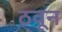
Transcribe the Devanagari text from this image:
ठवून